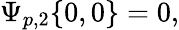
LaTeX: \Psi_{p,2}\{ 0,0\} =0,